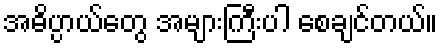
အဓိပ္ပာယ်တွေ အများကြီးပါ စေချင်တယ်။